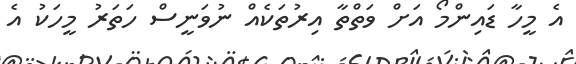
އެ މީހާ ޑައިންމޯ އަށް ވަތްތާ އިރުތަކެއް ނުވަނީސް ހަތަރު މީހަކު އެ